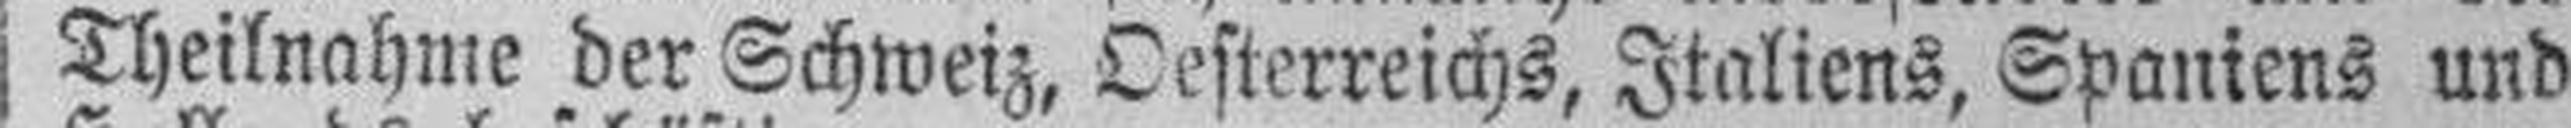
Theilnahme der Schweiz, Oesterreichs, Italiens, Spaniens und